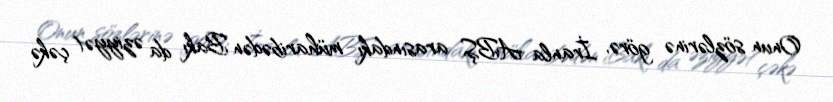
Onun sözlərinə görə, İranla ABŞ arasındakı müharibədən Bakı da əziyyət çəkə